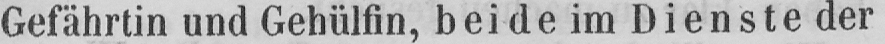
Gefährtin und Gehülfin, beide im Dienste der